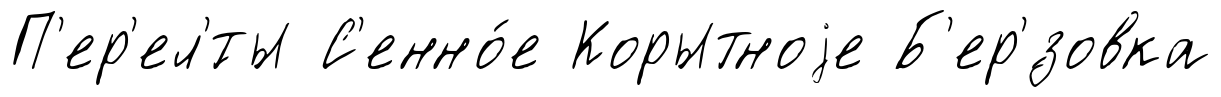
П'ер'ел'́ты С'енно́е Корытноjе Б'ер'́зовка